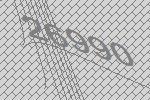
26990